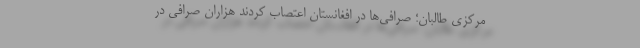
مرکزی طالبان؛ صرافی‌ها در افغانستان اعتصاب کردند هزاران صرافی در